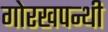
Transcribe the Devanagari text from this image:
गोरखपन्थी